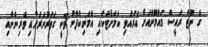
ގެ ނޫޓު ރައީސް މައުމޫންއަށް އެރުއްވި ކަމަށްޓަކައި އެމަނިކުފާނު ވަނީ ގަވަރުނަރަށާއި ވެރިންނާއި